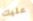
عليك